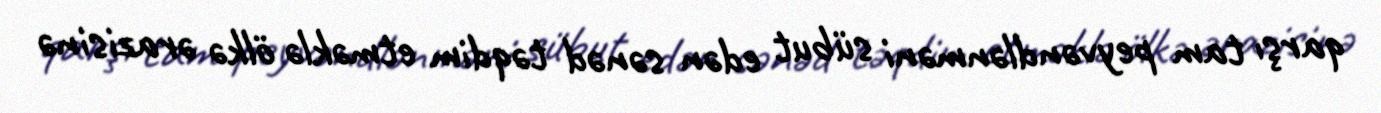
qarşı tam peyvəndlənməni sübut edən sənəd təqdim etməklə ölkə ərazisinə